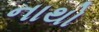
નાથો